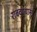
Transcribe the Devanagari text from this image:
राबवण्यास